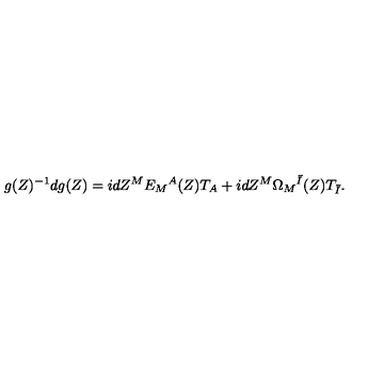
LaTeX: g ( Z ) ^ { - 1 } d g ( Z ) = i d Z ^ { M } E _ { M } { } ^ { A } ( Z ) T _ { A } + i d Z ^ { M } \Omega _ { M } { } ^ { \bar { I } } ( Z ) T _ { \bar { I } } .